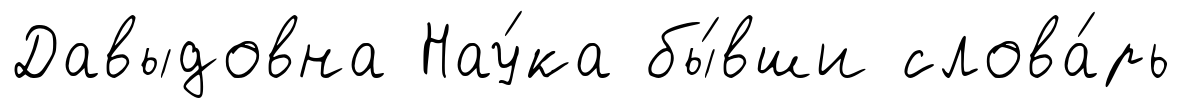
Давыдовна Нау́ка бы́вши слова́рь